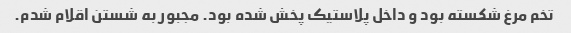
تخم مرغ شکسته بود و داخل پلاستیک پخش شده بود. مجبور به شستن اقلام شدم.